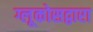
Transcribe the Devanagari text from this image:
ग्लूकोसद्वारा